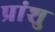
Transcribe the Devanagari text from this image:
प्रांशु